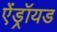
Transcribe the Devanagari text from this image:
ऐंड्रॉयड